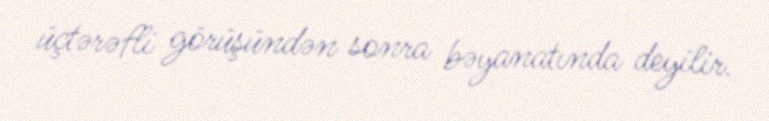
üçtərəfli görüşündən sonra bəyanatında deyilir.